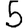
Digit: 5